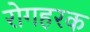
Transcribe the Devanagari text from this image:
रोगहरक